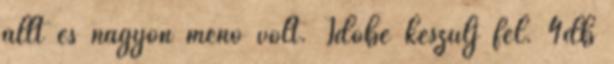
állt és nagyon menő volt. Időbe készülj fel. 4db